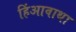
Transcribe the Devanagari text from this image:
हिंआवाथा